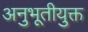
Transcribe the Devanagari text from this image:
अनुभूतीयुक्त